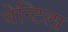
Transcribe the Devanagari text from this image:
वेन्टिला